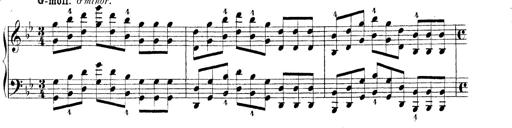
Title: Technische Studien
Composer: Franz Liszt